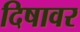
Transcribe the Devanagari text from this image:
दिषावर